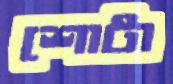
শোটা